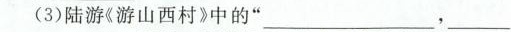
(3)陆游《游山西村》中的”___ ，